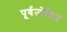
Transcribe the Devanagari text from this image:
पूर्वजोडित